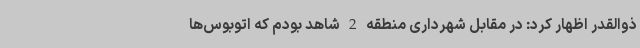
ذوالقدر اظهار کرد: در مقابل شهرداری منطقه 2 شاهد بودم که اتوبوس‌ها